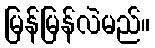
မြန်မြန်လဲမည်။